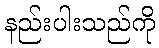
နည်းပါးသည်ကို